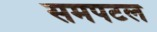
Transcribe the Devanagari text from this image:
समपटल